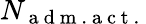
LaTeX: N_{\mathrm{~a~d~m~.~a~c~t~.~}}